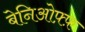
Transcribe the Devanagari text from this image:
बेनिओफ़्फ़